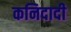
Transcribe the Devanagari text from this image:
कनिदादी